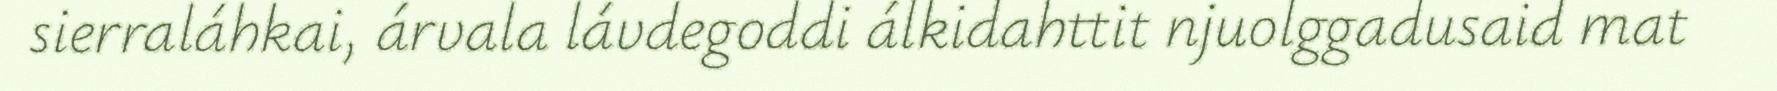
sierraláhkai, árvala lávdegoddi álkidahttit njuolggadusaid mat